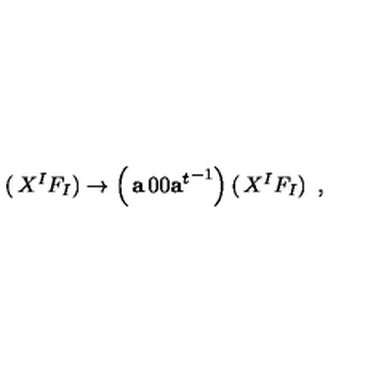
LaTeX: \left( \begin{matrix} { X ^ { I } } \\ { F _ { I } } \\ \end{matrix} \right) \rightarrow \left( \begin{matrix} { { \bf a } } & { 0 } \\ { 0 } & { { { \bf a } ^ { t } } ^ { - 1 } } \\ \end{matrix} \right) \left( \begin{matrix} { X ^ { I } } \\ { F _ { I } } \\ \end{matrix} \right) \ ,